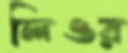
লিওর